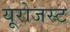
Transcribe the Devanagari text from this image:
यूरोजस्ट